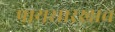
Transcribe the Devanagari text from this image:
पायसारखाच